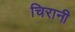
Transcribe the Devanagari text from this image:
चिरानी